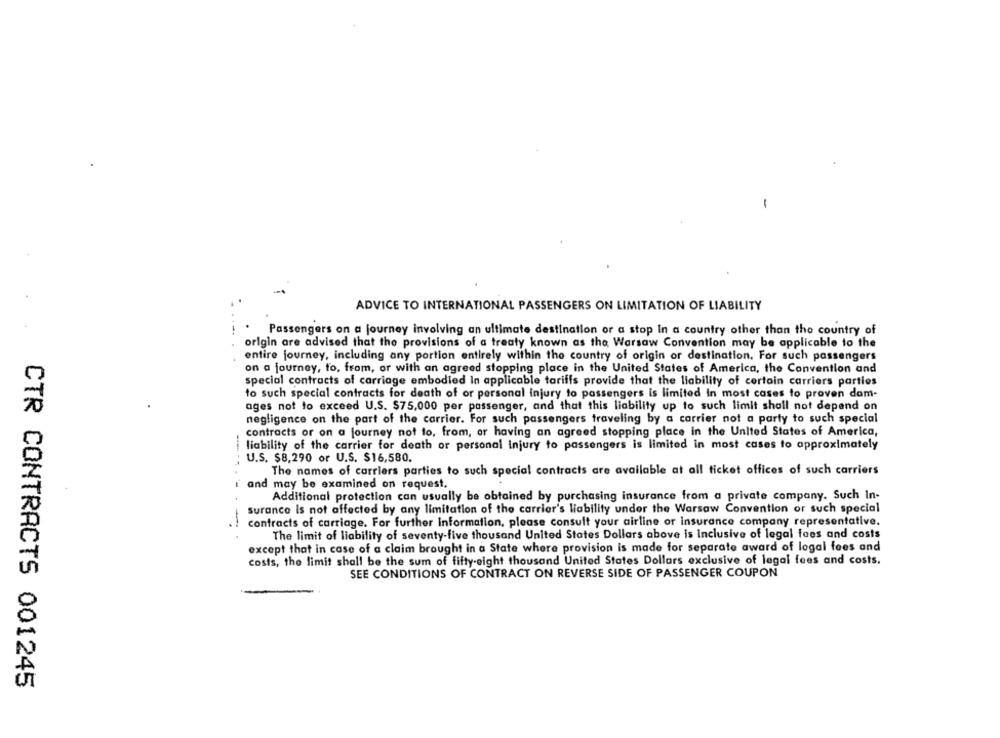
-
ADVICE TO INTERNATIONAL PASSENGERS ON LIMITATION OF LIABILITY
Passengers on a journey involving an ultimate destination or a stop In a country other than the country of
origin are advised that the provisions of a treaty known as the Warsaw Convention may be applicable to the
entire journey, including any portion entirely within the country of origin or destination. For such passengers
on a journey, to, from, or with an agreed stopping place in the United States of America, the Convention and
special contracts of carriage embodied In applicable tariffs provide that the liability of certain carriers parties
to such special contracts for death of or personal injury to passengers is limited In most cases to proven dam-
ages not to exceed U.S. $75,000 per passenger, and that this liability up to such limit shall not depend on
negligence on the part of the carrier. For such passengers traveling by a carrier not a party to such special
contracts or on a journey not to, from, or having an agreed stopping place in the United States of America,
liability of the carrier for death or personal injury to passengers is limited in most cases to approximately
U.S. $8,290 or U.S. $16,580.
The names of carriers parties to such special contracts are available at all ticket offices of such carriers
i and may be examined on request.
Additional protection can usually be obtained by purchasing insurance from a private company. Such In-
surance Is not affected by any limitation of the carrier's liability under the Warsaw Convention or such special
-
contracts of carriage. For further information, please consult your airline or insurance company representative.
The limit of liability of seventy-five thousand United States Dollars above is Inclusive of legal fees and costs
except that in case of a claim brought in a State where provision is made for separate award of legal fees and
costs, the limit shall be the sum of fifty-eight thousand United States Dollars exclusive of legal fees and costs.
SEE CONDITIONS OF CONTRACT ON REVERSE SIDE OF PASSENGER COUPON
CTR CONTRACTS 001245